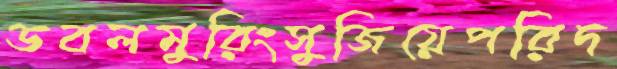
ডবলমুরিংসুজিয়েপরিদ